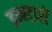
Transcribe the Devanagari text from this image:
इन्स्टारों